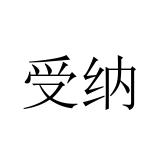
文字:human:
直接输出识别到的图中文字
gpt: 受纳